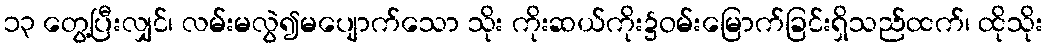
၁၃ တွေ့ပြီးလျှင်၊ လမ်းမလွဲ၍မပျောက်သော သိုး ကိုးဆယ်ကိုး၌ဝမ်းမြောက်ခြင်းရှိသည်ထက်၊ ထိုသိုး